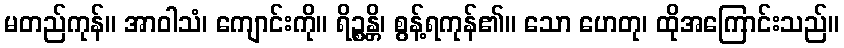
မတည်ကုန်။ အာဝါသံ၊ ကျောင်းကို။ ရိဉ္စန္တိ၊ စွန့်ရကုန်၏။ သော ဟေတု၊ ထိုအကြောင်းသည်။